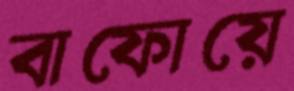
বাফোয়ে